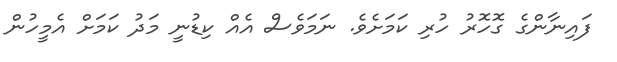
ފައިނާންގެ ގޮހޮރު ހުރި ކަމަށެވެ. ނަމަވެސް އެއް ކިޑުނީ މަދު ކަމަށް އެމީހުން